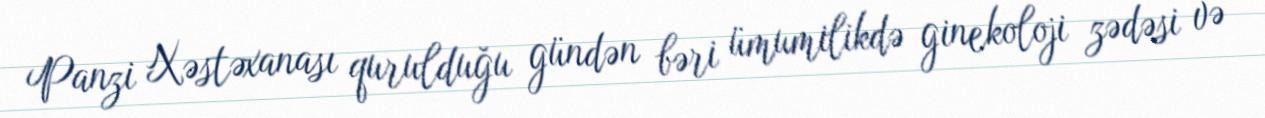
Panzi Xəstəxanası qurulduğu gündən bəri ümumilikdə ginekoloji zədəsi və